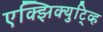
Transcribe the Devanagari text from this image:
एक्झिक्युटि्व्ह